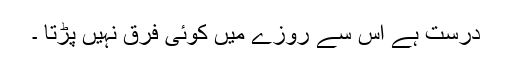
درست ہے اس سے روزے میں کوئی فرق نہیں پڑتا ۔